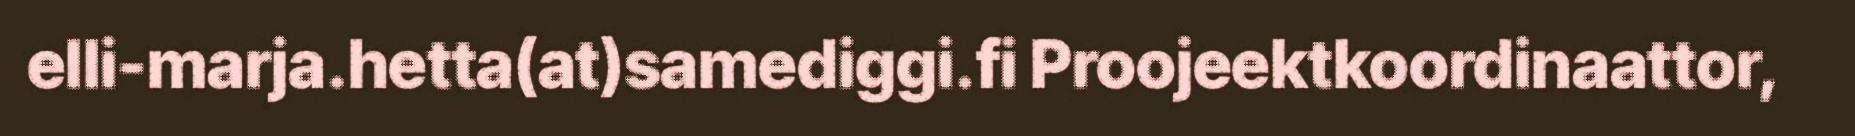
elli-marja.hetta(at)samediggi.fi Proojeektkoordinaattor,